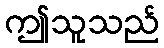
ဤသူသည်